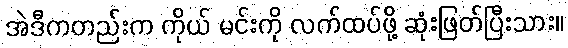
အဲဒီကတည်းက ကိုယ် မင်းကို လက်ထပ်ဖို့ ဆုံးဖြတ်ပြီးသား။